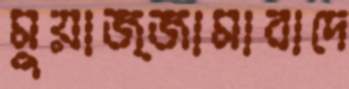
মুয়াজ্জামাবাদে